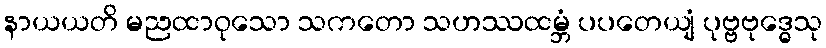
နာယယတိ မညထာဝုသော သကတော သဟဿထမ္ဘံ ပပတေယျံ ပုဗ္ဗဗုဒ္ဓေသု